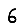
Digit: 6